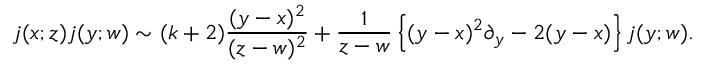
j ( x ; z ) j ( y ; w ) \sim ( k + 2 ) \frac { ( y - x ) ^ { 2 } } { ( z - w ) ^ { 2 } } + \frac { 1 } { z - w } \left\{ ( y - x ) ^ { 2 } \partial _ { y } - 2 ( y - x ) \right\} j ( y ; w ) .